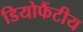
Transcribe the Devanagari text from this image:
डियोफैंटीय